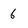
Character: 6